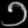
Digit: ၁